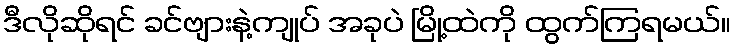
ဒီလိုဆိုရင် ခင်ဗျားနဲ့ကျုပ် အခုပဲ မြို့ထဲကို ထွက်ကြရမယ်။